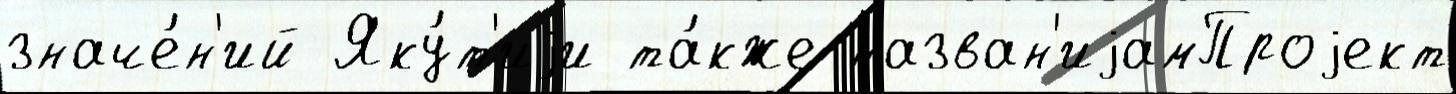
значе́н'ий Яку́т'иjи та́кже назван'иjамПроjект